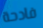
فادحة